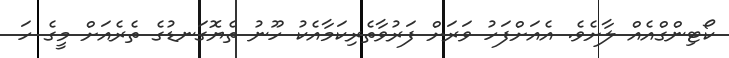
ކޯޓިންގްއެއް ލާށެވެ. އެއަށްފަހު ވަރަށް ފަރުވާތެރިކަމާއެކު ހޫނު ތެޔޮގަނޑުގެ ތެރެއަށް މީގެ ހަ